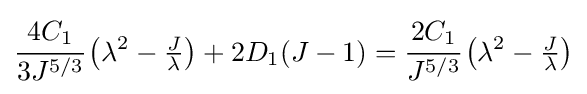
{\cfrac {4C_{1}}{3J^{5/3}}}\left(\lambda ^{2}-{\tfrac {J}{\lambda }}\right)+2D_{1}(J-1)={\cfrac {2C_{1}}{J^{5/3}}}\left(\lambda ^{2}-{\tfrac {J}{\lambda }}\right)